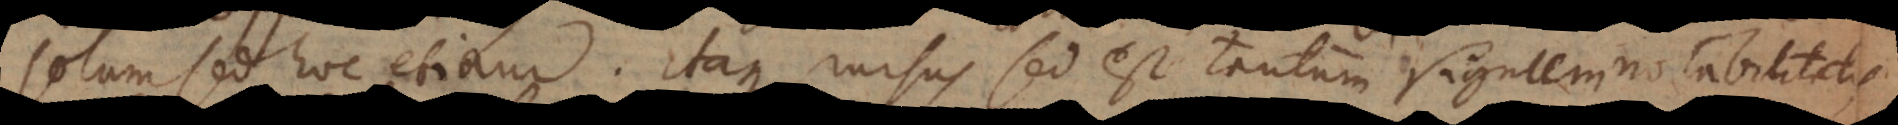
solum sed hoc etiam. Itaque rursus sed est tantum signum notabilitatis